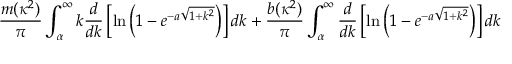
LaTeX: \frac { m ( \kappa ^ { 2 } ) } { \pi } \int _ { \alpha } ^ { \infty } k \frac { d } { d k } \left[ \ln \left( 1 - e ^ { - a \sqrt { 1 + k ^ { 2 } } } \right) \right] d k + \frac { b ( \kappa ^ { 2 } ) } { \pi } \int _ { \alpha } ^ { \infty } \frac { d } { d k } \left[ \ln \left( 1 - e ^ { - a \sqrt { 1 + k ^ { 2 } } } \right) \right] d k